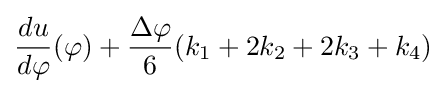
{du \over d\varphi }(\varphi )+{\frac {\Delta \varphi }{6}}(k_{1}+2k_{2}+2k_{3}+k_{4})